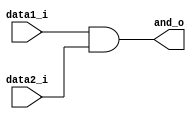
module AND
(
   data1_i, //branch
   data2_i, //equal
   and_o
);

input	data1_i, data2_i;
output 	and_o;

assign  and_o = data1_i & data2_i;

endmodule